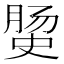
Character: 𭉅